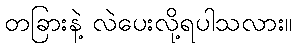
တခြားနဲ့ လဲပေးလို့ရပါသလား။